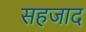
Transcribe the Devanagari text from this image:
सहजाद